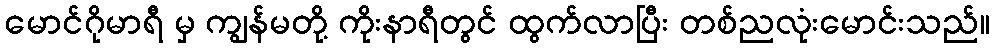
မောင်ဂိုမာရီ မှ ကျွန်မတို့ ကိုးနာရီတွင် ထွက်လာပြီး တစ်ညလုံးမောင်းသည်။